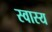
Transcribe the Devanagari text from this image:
स्वास्य